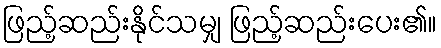
ဖြည့်ဆည်းနိုင်သမျှ ဖြည့်ဆည်းပေး၏။